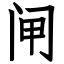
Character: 闸